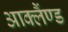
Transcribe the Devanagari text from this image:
आक्लैंण्ड